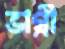
ভাগ্নী